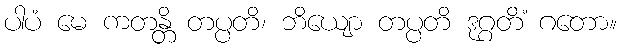
ပါပံ မေ ကတန္တိ တပ္ပတိ၊ ဘိယျော တပ္ပတိ ဒုဂ္ဂတိံ ဂတော။